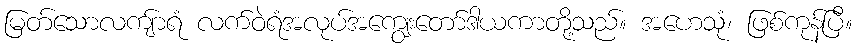
မြတ်သောလကျ်ာရံ လက်ဝဲရံအလုပ်အကျွေးတော်ဒါယကာတို့သည်။ အဟေသုံ၊ ဖြစ်ကုန်ပြီ။